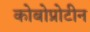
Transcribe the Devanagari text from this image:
कोबोप्रोटीन